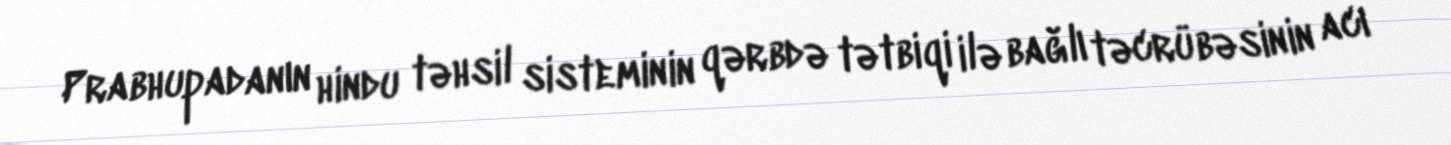
Prabhupadanın hindu təhsil sisteminin qərbdə tətbiqi ilə bağlı təcrübəsinin acı